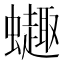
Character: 𫋦